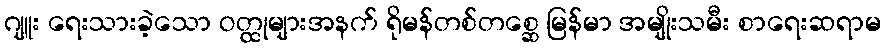
ဂျူး ရေးသားခဲ့သော ဝတ္ထုများအနက် ရိုမန်တစ်တစ္ဆေ မြန်မာ အမျိုးသမီး စာရေးဆရာမ